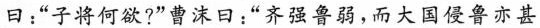
曰：“子将何欲?”曹沫日：“齐强鲁弱，而大国侵鲁亦甚